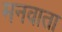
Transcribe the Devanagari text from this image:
मनवाता